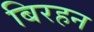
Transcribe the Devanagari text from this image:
बिरहन